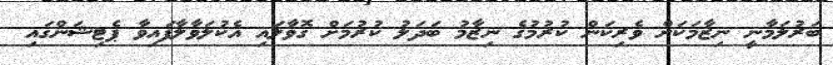
ބަރުލަމާނީ ނިޒާމަކަށް ވެރިކަން ކުރުމުގެ ނިޒާމު ބަދަލު ކުރުމަށް ގޮވާލައި އެކުލަވާލާފައިވާ ޕެޓިޝަންގައި